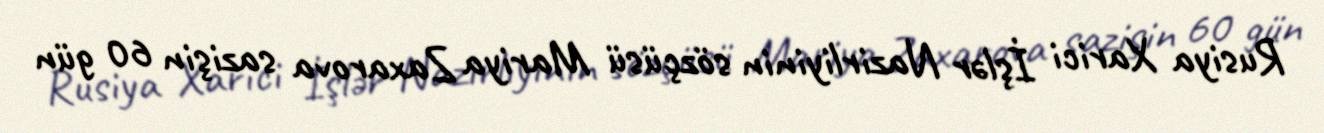
Rusiya Xarici İşlər Nazirliyinin sözçüsü Mariya Zaxarova sazişin 60 gün